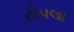
ટોપલા